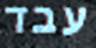
עבד